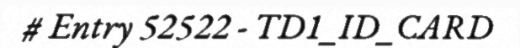
# Entry 52522 - TD1_ID_CARD